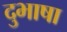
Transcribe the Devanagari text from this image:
दुभाषा